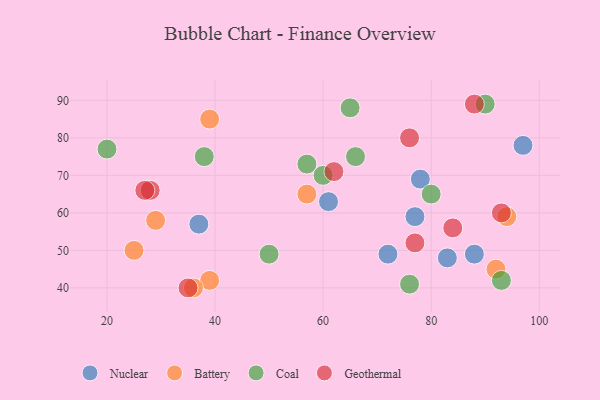
{"axis": {"x": "GDP", "y": "Life Expectancy"}, "legend": ["Battery", "Coal", "Geothermal", "Nuclear"], "data": [{"x": "77", "y": 59, "type": "Nuclear"}, {"x": "97", "y": 78, "type": "Nuclear"}, {"x": "61", "y": 63, "type": "Nuclear"}, {"x": "78", "y": 69, "type": "Nuclear"}, {"x": "37", "y": 57, "type": "Nuclear"}, {"x": "72", "y": 49, "type": "Nuclear"}, {"x": "88", "y": 49, "type": "Nuclear"}, {"x": "83", "y": 48, "type": "Nuclear"}, {"x": "25", "y": 50, "type": "Battery"}, {"x": "92", "y": 45, "type": "Battery"}, {"x": "94", "y": 59, "type": "Battery"}, {"x": "39", "y": 42, "type": "Battery"}, {"x": "29", "y": 58, "type": "Battery"}, {"x": "57", "y": 65, "type": "Battery"}, {"x": "36", "y": 40, "type": "Battery"}, {"x": "39", "y": 85, "type": "Battery"}, {"x": "93", "y": 42, "type": "Coal"}, {"x": "60", "y": 70, "type": "Coal"}, {"x": "50", "y": 49, "type": "Coal"}, {"x": "76", "y": 41, "type": "Coal"}, {"x": "57", "y": 73, "type": "Coal"}, {"x": "20", "y": 77, "type": "Coal"}, {"x": "38", "y": 75, "type": "Coal"}, {"x": "80", "y": 65, "type": "Coal"}, {"x": "90", "y": 89, "type": "Coal"}, {"x": "65", "y": 88, "type": "Coal"}, {"x": "66", "y": 75, "type": "Coal"}, {"x": "77", "y": 52, "type": "Geothermal"}, {"x": "76", "y": 80, "type": "Geothermal"}, {"x": "35", "y": 40, "type": "Geothermal"}, {"x": "28", "y": 66, "type": "Geothermal"}, {"x": "27", "y": 66, "type": "Geothermal"}, {"x": "88", "y": 89, "type": "Geothermal"}, {"x": "62", "y": 71, "type": "Geothermal"}, {"x": "93", "y": 60, "type": "Geothermal"}, {"x": "84", "y": 56, "type": "Geothermal"}]}